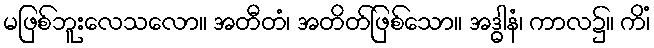
မဖြစ်ဘူးလေသလော။ အတီတံ၊ အတိတ်ဖြစ်သော။ အဒ္ဓါနံ၊ ကာလ၌။ ကိံ၊